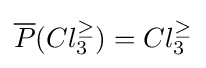
{\overline {P}}(Cl_{3}^{\geq })=Cl_{3}^{\geq }